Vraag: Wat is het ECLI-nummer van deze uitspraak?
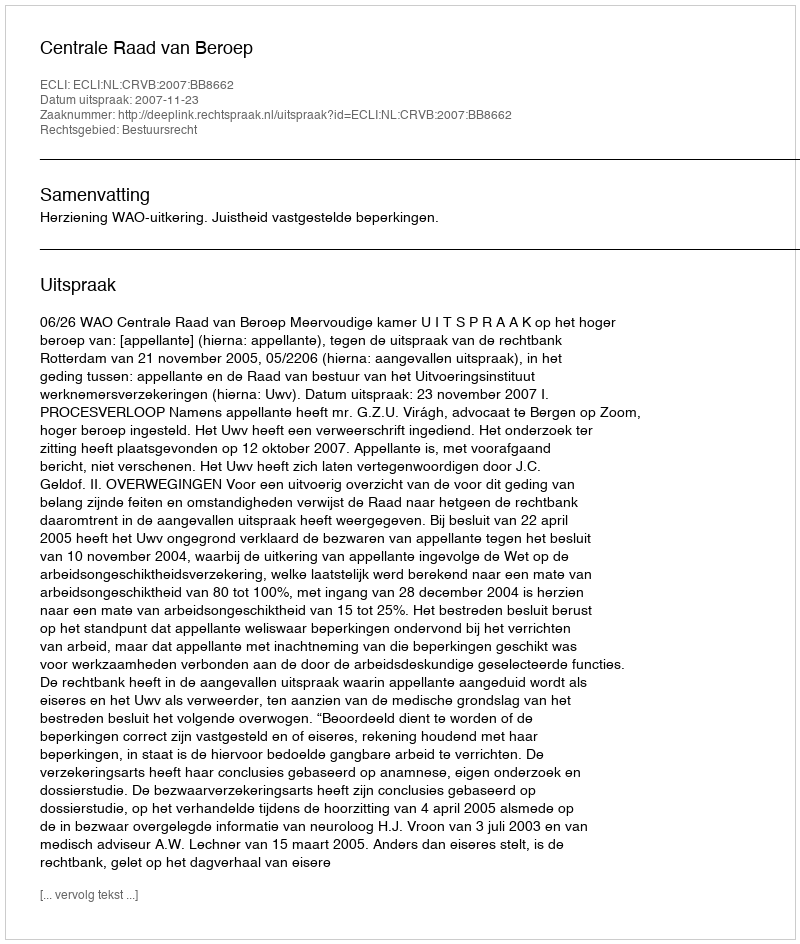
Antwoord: ECLI:NL:CRVB:2007:BB8662